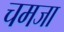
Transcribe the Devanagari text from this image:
चमजा